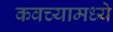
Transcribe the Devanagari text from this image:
कवच्यामध्ये